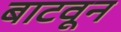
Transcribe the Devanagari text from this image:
बाटवून